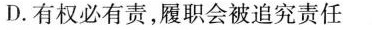
D.有权必有责，履职会被追究责任